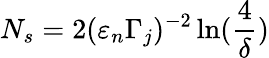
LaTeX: N_{s}=2(\varepsilon_{n}\Gamma_{j})^{-2}\ln(\frac{4}{\delta})